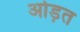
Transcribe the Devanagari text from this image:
ओड़त